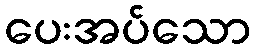
ပေးအပ်သော